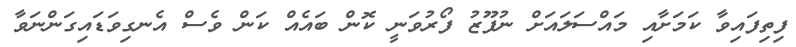
ފިތިފައިވާ ކަމަށާއި މައްސަލައަށް ނުފޫޒު ފޯރުވަނީ ކޮން ބައެއް ކަން ވެސް އެނގިވަޑައިގަންނަވާ